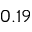
0 . 1 9